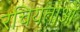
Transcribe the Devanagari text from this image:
रचियताओं